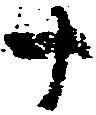
十